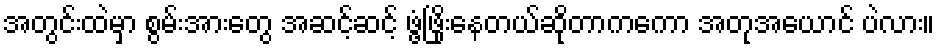
အတွင်းထဲမှာ စွမ်းအားတွေ အဆင့်ဆင့် ဖွံ့ဖြိုးနေတယ်ဆိုတာကကော အတုအယောင် ပဲလား။